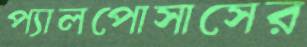
প্যালপোসাসের